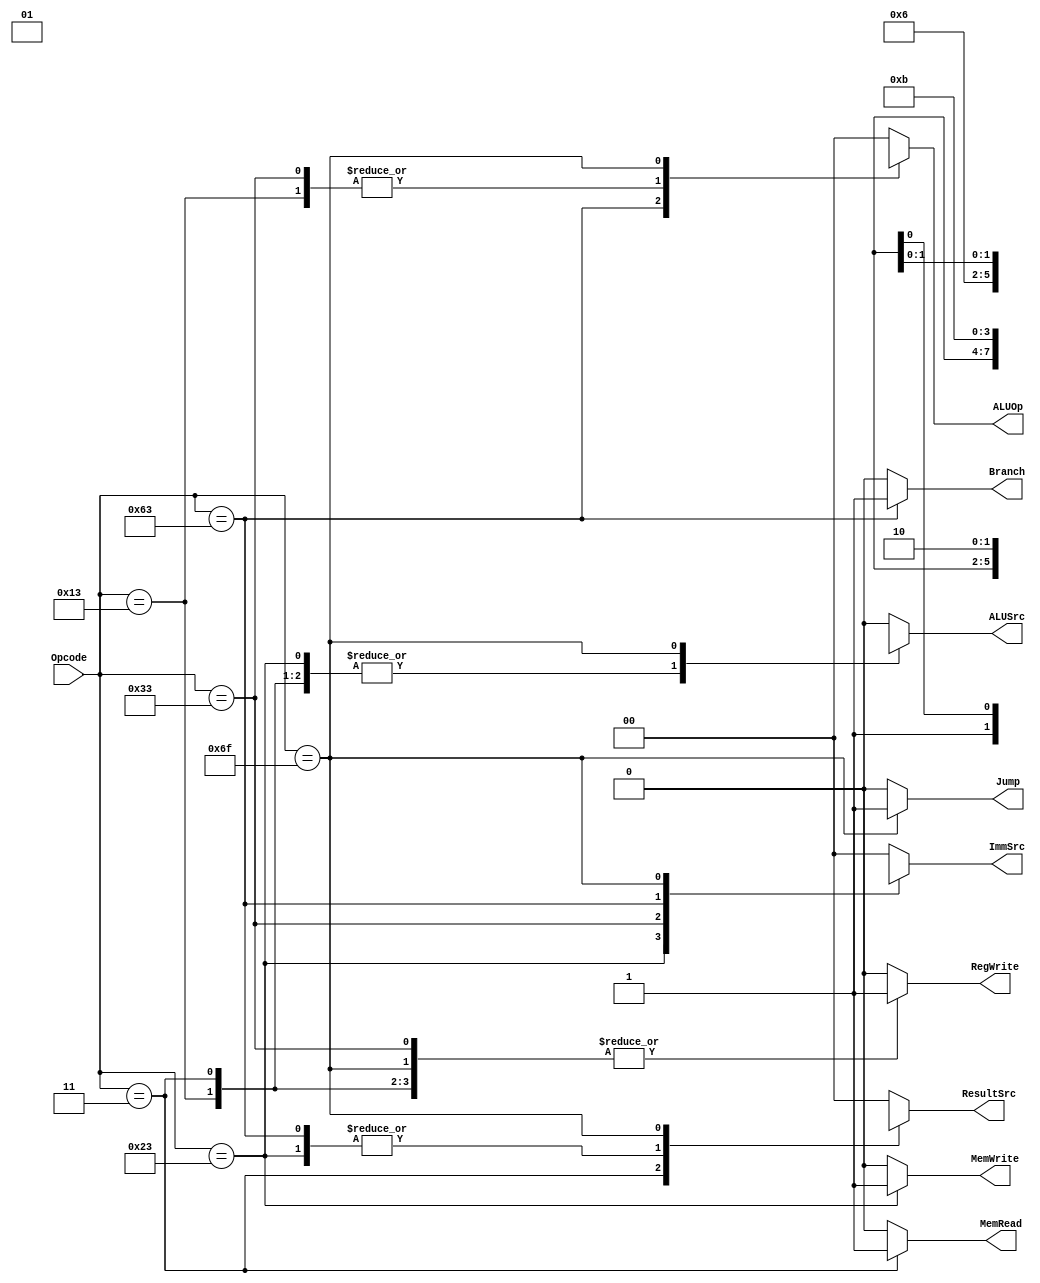
module Main_Decoder (
input   wire    [6:0]    Opcode,

output  reg              Branch,Jump, MemWrite, MemRead, ALUSrc ,RegWrite,
output  reg     [1:0]    ResultSrc, ImmSrc, ALUOp
);

always @(*) 
begin
    case (Opcode)
    7'b0000011:     //lw 
    begin
        RegWrite = 1'b1;
        ImmSrc = 2'b00;
        ALUSrc = 1'b1;
        MemWrite = 1'b0;
        MemRead = 1'b1;
        ResultSrc = 2'b01;
        Branch = 1'b0;
        ALUOp = 2'b00;
        Jump = 1'b0;
    end

    7'b0100011:     //sw 
    begin
        RegWrite = 1'b0;
        ImmSrc = 2'b01;
        ALUSrc = 1'b1;
        MemWrite = 1'b1;
        MemRead = 1'b0;
        ResultSrc = 2'bXX;
        Branch = 1'b0;
        ALUOp = 2'b00;
        Jump = 1'b0;
    end

    7'b0110011:     //R-type  ADD, SUB, AND, OR,XOR ,SLT 
    begin
        RegWrite = 1'b1;
        ImmSrc = 2'bXX;
        ALUSrc = 1'b0;
        MemWrite = 1'b0;
        MemRead = 1'b0;
        ResultSrc = 2'b00;
        Branch = 1'b0;
        ALUOp = 2'b10;
        Jump = 1'b0;
    end

    7'b1100011:     //beq   
    begin
        RegWrite = 1'b0;
        ImmSrc = 2'b10;
        ALUSrc = 1'b0;
        MemWrite = 1'b0;
        MemRead = 1'b0;
        ResultSrc = 2'bXX;
        Branch = 1'b1;
        ALUOp = 2'b01;
        Jump = 1'b0;
    end

    7'b0010011:     //I-type ALU   andi, ori, slti
    begin
        RegWrite = 1'b1;
        ImmSrc = 2'b00;
        ALUSrc = 1'b1;
        MemWrite = 1'b0;
        MemRead = 1'b0;
        ResultSrc = 2'b00;
        Branch = 1'b0;
        ALUOp = 2'b10;
        Jump = 1'b0;
    end
        
    7'b1101111:     //jal 
    begin
        RegWrite = 1'b1;
        ImmSrc = 2'b11;
        ALUSrc = 1'bX;
        MemWrite = 1'b0;
        MemRead = 1'b0;
        ResultSrc = 2'b10;
        Branch = 1'b0;
        ALUOp = 2'bXX;
        Jump = 1'b1;
    end

    default:           //default
    begin
        RegWrite = 1'b0;
        ImmSrc = 2'b00;
        ALUSrc = 1'b0;
        MemWrite = 1'b0;
        MemRead = 1'b0;
        ResultSrc = 2'b00;
        Branch = 1'b0;
        ALUOp = 2'b00;
        Jump = 1'b0;
    end
endcase
end

endmodule